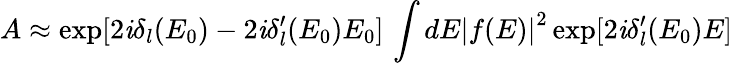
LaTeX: A\approx\exp[2\mathit{i}\delta_{l}(E_{0})-2\mathit{i}\delta_{l}^{\prime}(E_{0})E_{0}]\, \int{dE\left|{f(E)}\right|^{2}\exp[2\mathit{i}\delta_{l}^{\prime}(E_{0})E]}